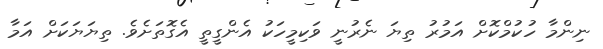
ނިންމާ ހުކުމްކޮށް އަމުރު ތިޔަ ނެރުނީ ވަކިމީހަކު އެންގީތީ އެގޮތަށެވެ. ތިޔަޔަކަށް އަމާ